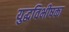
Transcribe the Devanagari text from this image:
युद्धविभीषका